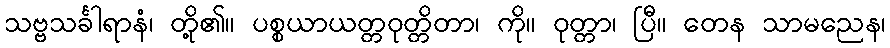
သဗ္ဗသင်္ခါရာနံ၊ တို့၏။ ပစ္စယာယတ္တဝုတ္တိတာ၊ ကို။ ဝုတ္တာ၊ ပြီ။ တေန သာမညေန၊